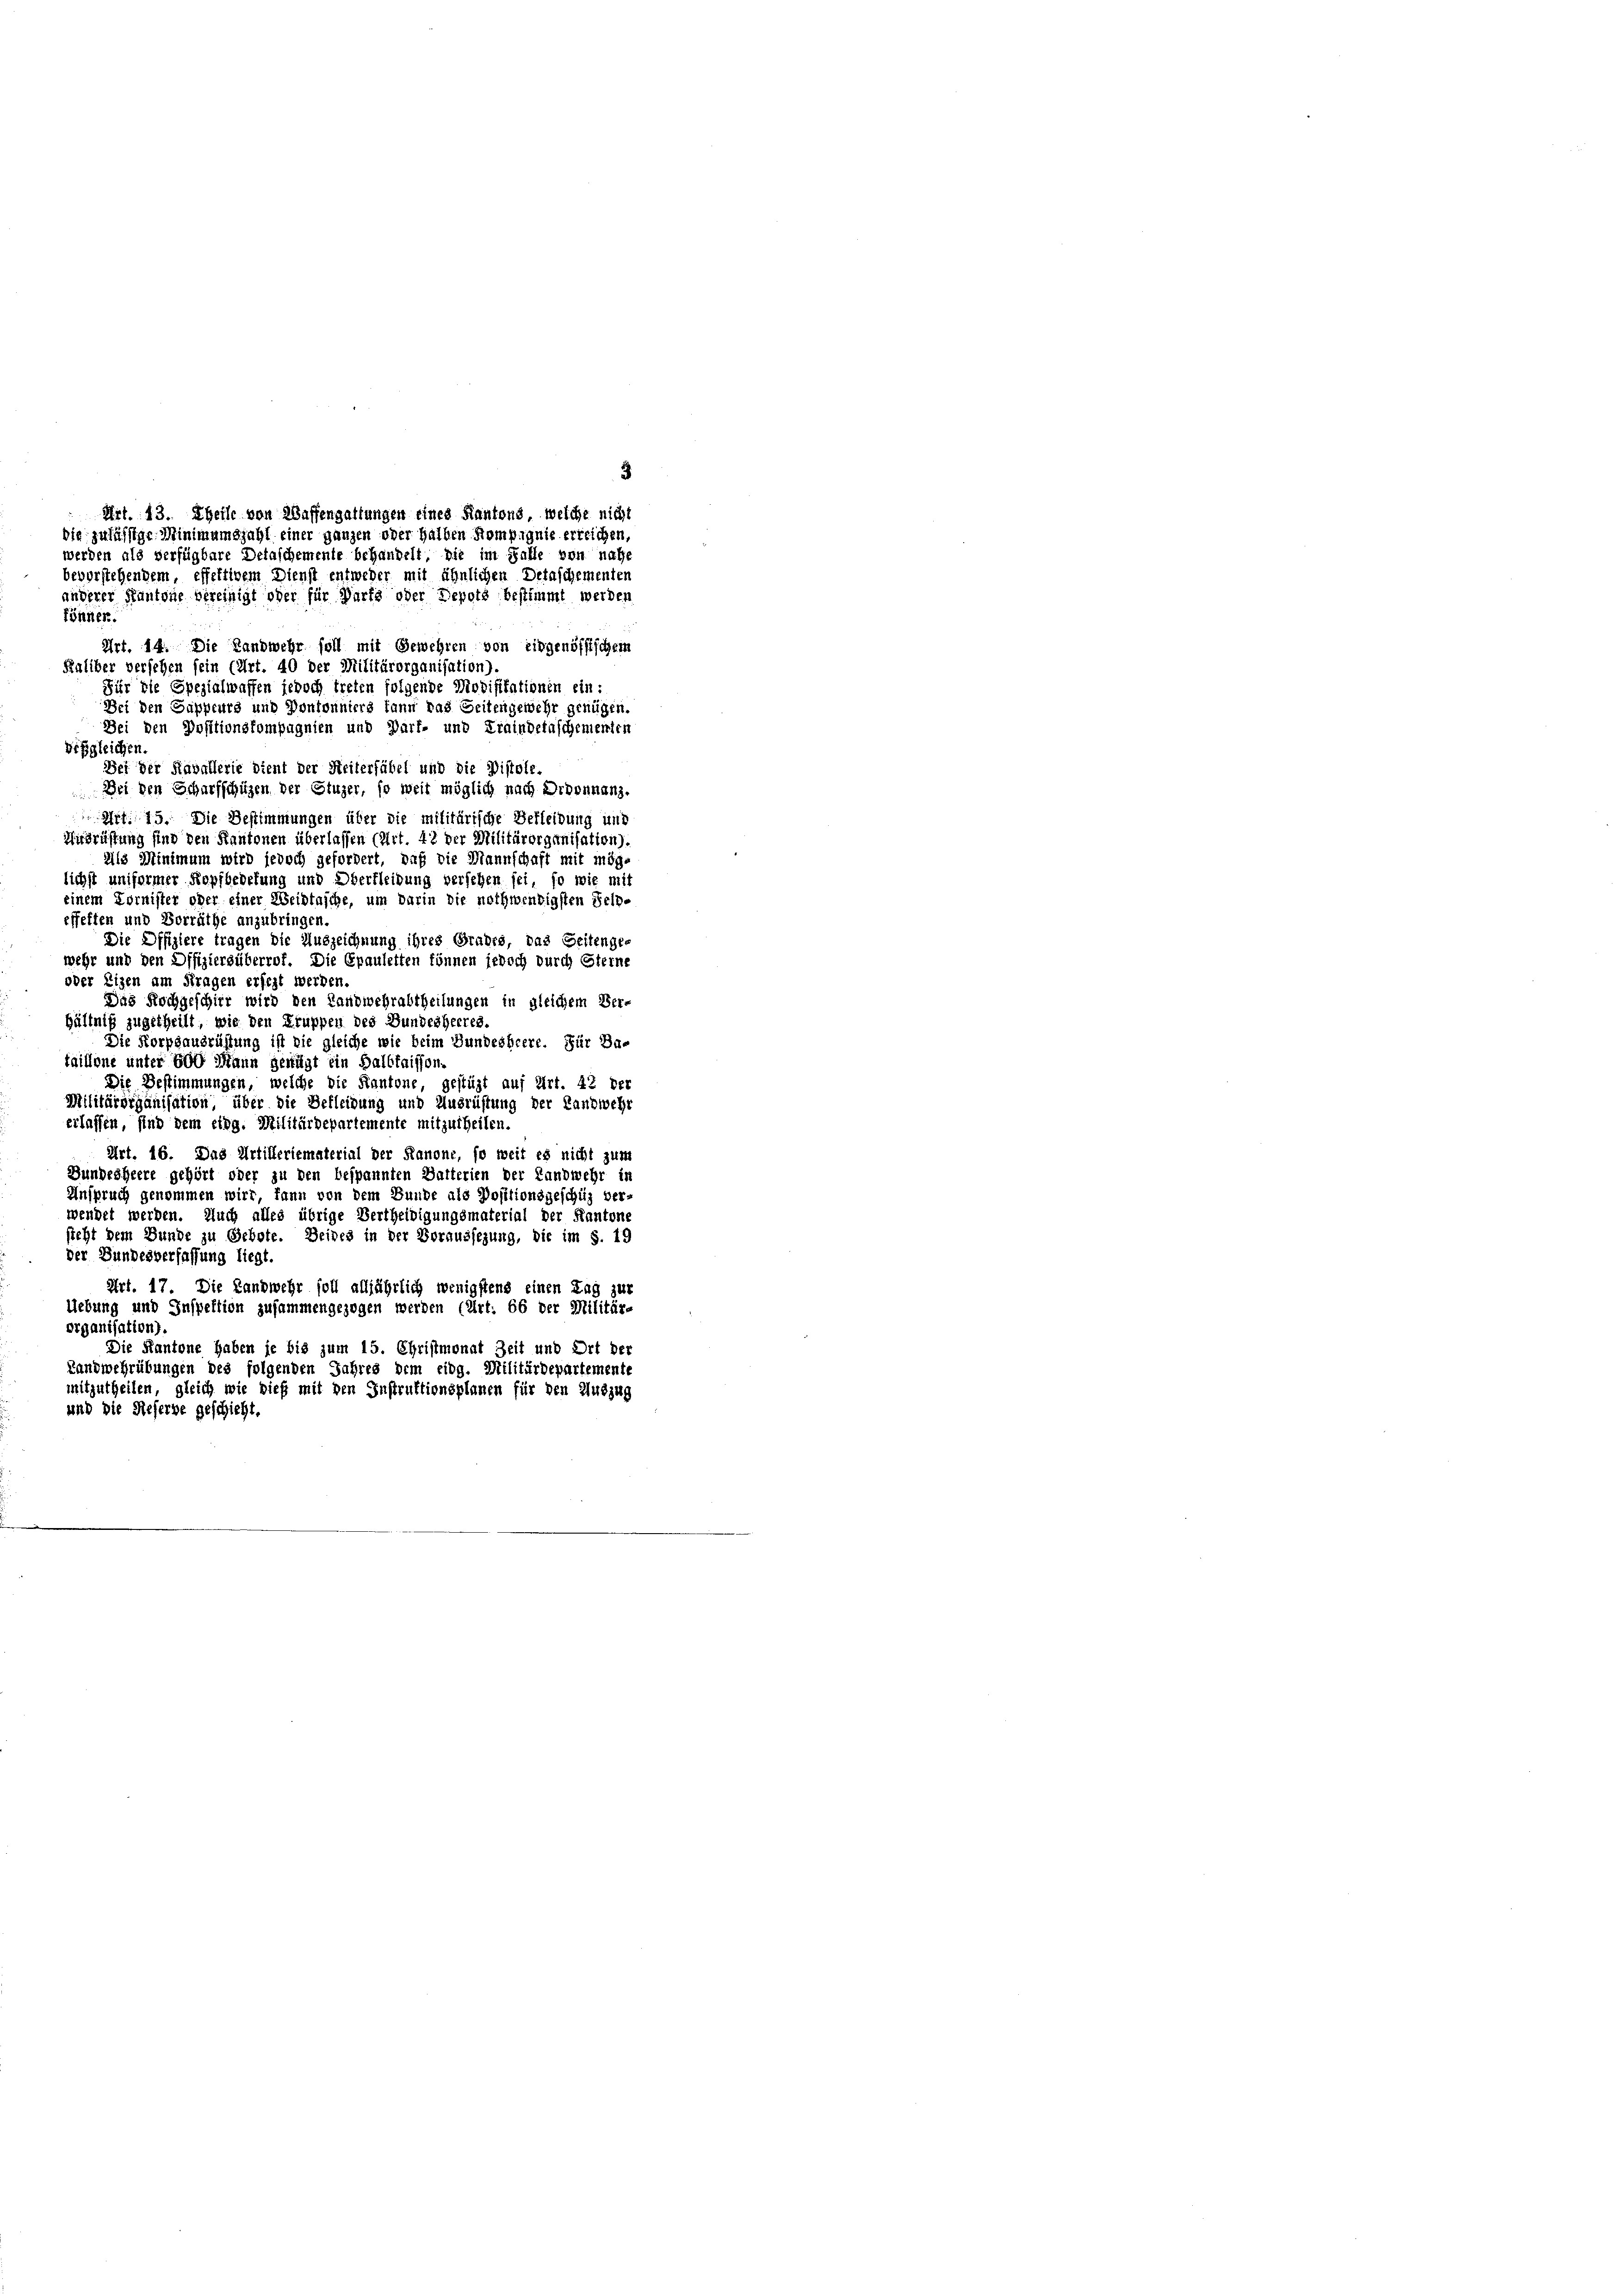
Raliber versehen sein (Art. 40 der Militärorganisation).
Für die Spezialwaffen jedoch treten folgende Modifikationen ein:
Bei den Sappeurs und Pontonniers kann das Seitengewehr genügen.
Bei den Positionskompagnien und Darf- und Fraindetaschementen
Desgleichen
Sei der Kavallerie dient der Seiterfübel und die Distole.
Dei den Scharfschüzen der Stuzer, so weit möglich nach Ordonnanz-
Art. 15. Die Bestimmungen über die militärische Bekleidung in
Ausrüstung sind den Kantonen überlassen (Art. 43 der Militärorganisation).
Als Minimum wird jedoch gefordert, daß die Mannschaft mit mög-
lichst uniformer Kopfbedefung und Oberfleidung versehen sei, so wie mit
einem Kornister oder einer Weidtasche, um barin die nothwendigsten Selb-
pffeften und Vorräthe anzubringen.
Die Offiziere tragen die Auszeichnung ihres Grabes, das Seitenge-
wehr und den Offiziersüberrof. Die Epauletten können jedoch durch Sterne
oder Eigen am Fragen ersezt werden.
Das Hochgeschir wird den Landwehrabtheilungen in gleichem Ver-
hältniß zugetheilt, wie den Gruppen des Bundesheeres.
Die Korpsausrüstung ist die gleiche wie beim Bundesheere. Für Da-
taillone unter 500 Mann genügt ein Balbtaisson
Die Bestimmungen, welche die Kantone, gestüzt auf Art. 42 der
Militärorganisation, über die Befleidung und Ausrüstung der Landwehr
erlassen, sind dem eidg. Militärdepartemente mitzutheilen.
Art. 16. Das Artilleriematerial der Kanone, so weit es nicht zum
Dundröhrere gehört oder zu den bespannten Batterien der Landwehr in
Anspruch genommen wird, fann von dem Bunde als Positionsgeschüz ver-
wendet werden. Auch alles übrige Vertheiligungsmaterial der Kantone
sicht dem Bunde zu Gebote. Seides in der Voraussezung, die im S. 19
der Bundesverfassung liegt.
Art. 17. Die Landwehr soll alljährlich wenigstens einen Tag zur
Uebung und Inspektion zusammengezogen werden (Art. 66 der Militär-
Organisation).
Die Kantone haben je bis zum 15. Christmonat Zeit und Ort der
Landwehrübungen des folgenden Jahres dem eidg. Militärdepartemente
mitzutheilen, gleich wie dieß mit den Instruktionsplanen für den Auszug
und die Referbe geschieht.

3
Art. 43. Theile von Waffengattungen eines Kantons, welche nicht
bie zulässige Minimumgjahl einer ganzen oder halben Kompignie erreichen,
werden als verfügbare Detaschemente behandelt, die im Falle von nahe
bevorstehendem, effettivem Dienst entweder mit ähnlichen Detaschementen
anderer Kantone bereinigt oder für Darfs oder Depots bestimmt werden
fönnen.
Art. 14. Die Landwehr soll mit Gewehren von eidgenössischem